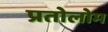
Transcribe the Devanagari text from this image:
प्रतोलोम